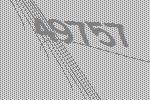
49757